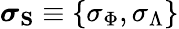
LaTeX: \boldsymbol{\sigma}_{\mathbf{S}}\equiv\{ \sigma_{\Phi},\sigma_{\Lambda}\}